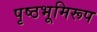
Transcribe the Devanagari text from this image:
पृष्ठभूमिरूप